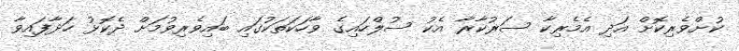
ކުށްވެރިކޮށް އަދި އެމެރިކާ ސަރުކާރާ އެކު ސުލްހައިގެ ވާހަކަތަކުގައި ބައިވެރިވުމަށް ދެކޮޅު ހަދާފައިވާ